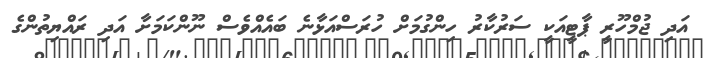
އަދި ޖުމްހޫރީ ޕާޓީއަކީ ސަރުކާރު ހިންގުމަށް ހުރަސްއަޅާނެ ބައެއްވެސް ނޫންކަމަށާ އަދި ރައްޔިތުންގެ